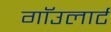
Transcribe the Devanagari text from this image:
गाॅउलार्ट